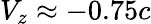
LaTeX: V_{z}\approx-0.75c